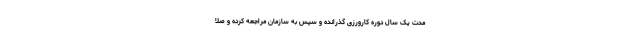
مدت یک سال دوره کارورزی گذرانده و سپس به سازمان مراجعه کرده و صلا